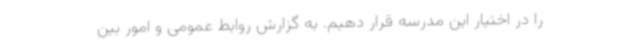
را در اختیار این مدرسه قرار دهیم. به گزارش روابط عمومی و امور بین